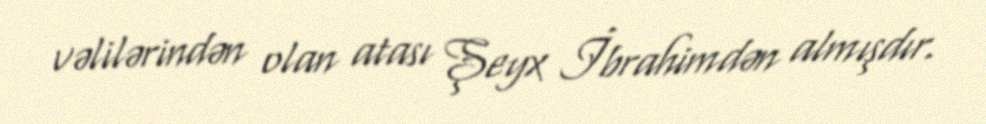
vəlilərindən olan atası Şeyx İbrahimdən almışdır.